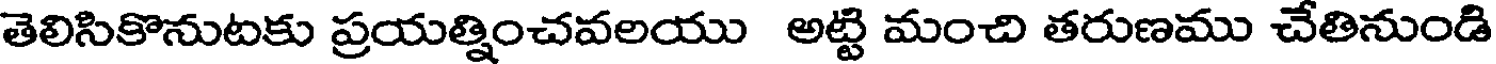
తెలిసికొనుటకు ప్రయత్నించవలయు అట్టి మంచి తరుణము చేతినుండి